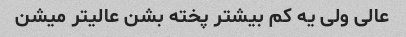
عالی ولی یه کم بیشتر پخته بشن عالیتر میشن